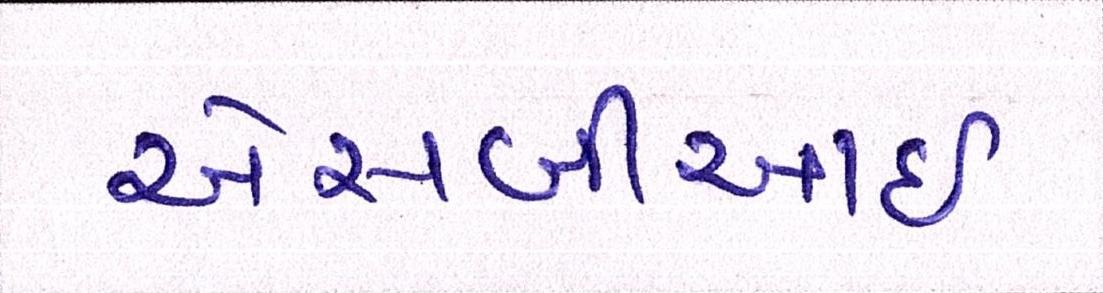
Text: એસબીઆઇ